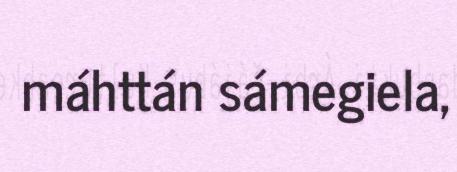
máhttán sámegiela,